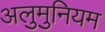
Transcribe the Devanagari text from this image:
अलुमुनियम